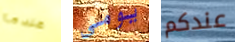
عندما يومى عندكم